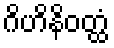
ဂိဟိနိဝတ္ထံ